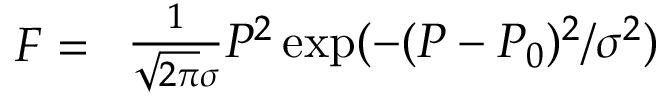
F = { \begin{array} { l } { { \frac { 1 } { { \sqrt { 2 \pi } } \sigma } } P ^ { 2 } \exp ( - ( P - P _ { 0 } ) ^ { 2 } / \sigma ^ { 2 } ) } \end{array} }